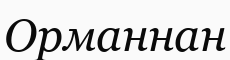
Орманнан